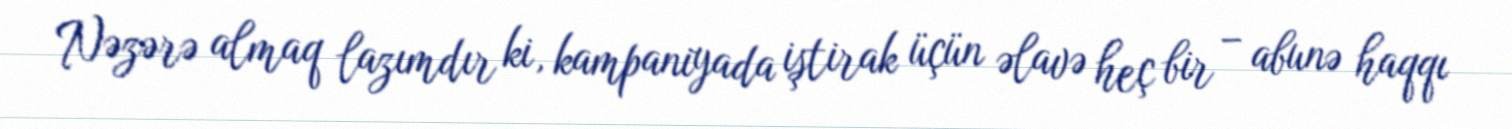
Nəzərə almaq lazımdır ki, kampaniyada iştirak üçün əlavə heç bir – abunə haqqı